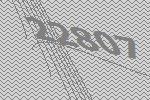
22807